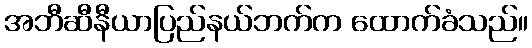
အဘီဆီနီယာပြည်နယ်ဘက်က ထောက်ခံသည်။